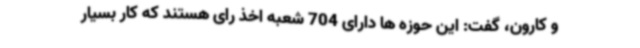
و کارون، گفت: این حوزه ها دارای 704 شعبه اخذ رای هستند که کار بسیار